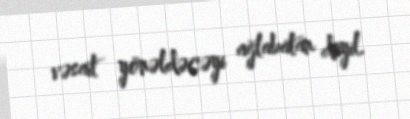
vəsait yönəldəcəyi ağlabatan deyil.